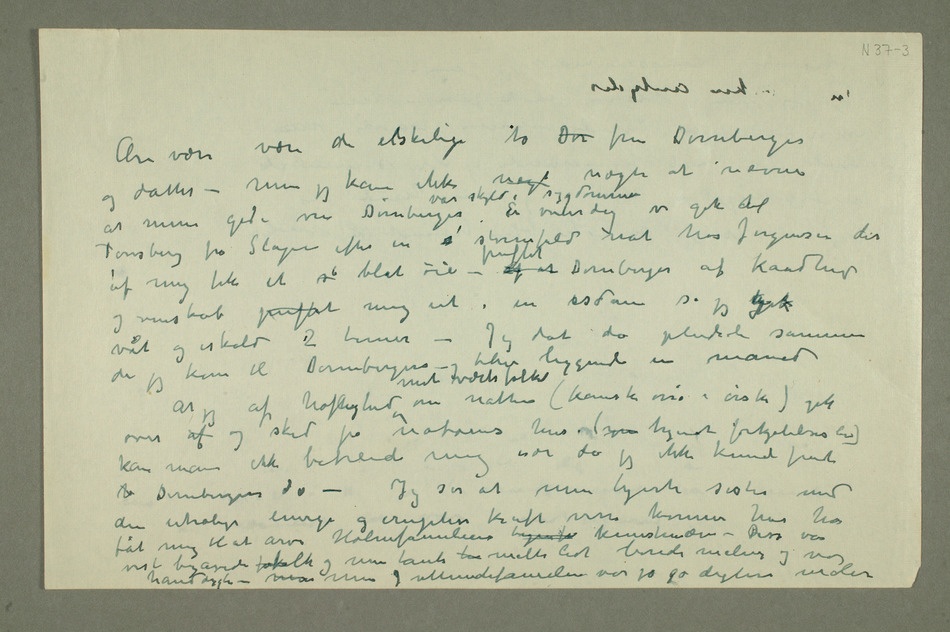
Ære være være de elskelige to Dør fru Dørnberger
nægte at nævne
at min gode ven Dørnberger var skyld i sygdommen En vinterdag vi gik til
Tønsberg fra Slagen efter en s stormfuld nat hos Jørgensen der
af mig fik et s blåt øie – puffet af at Dørnberger af kaadhed
og venskab puffet mig ut i en sisdam så jeg kgik
våt og iskald 2 timer – Jeg dat da pludseli sammen
da jeg kom til Dørnbergers – og blev liggende en måned
At jeg af høflighed mot værtsfolket om natten (kanske osså i ørske) gik
over af og sked på naboens hus. ( kjendt forkjølelsens liv)
kan man ikke bebreide mig især da jeg ikke kunde finde
h Dørnbergers do – Jeg ser at min hjerte søster med
den utrolige energi og eruptive kraft  k har her
vist begavede fofolk og min tante ha malte lidt  malerier og var hånddygti